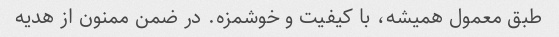
طبق معمول همیشه، با کیفیت و خوشمزه. در ضمن ممنون از هدیه